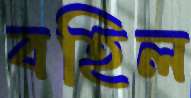
বহিল